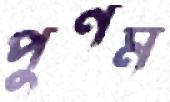
পুণম